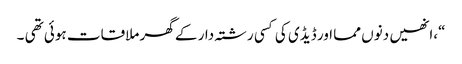
“،انھیں دنوں مما اور ڈیڈی کی کسی رشتہ دار کے گھر ملاقات ہوئی تھی ۔